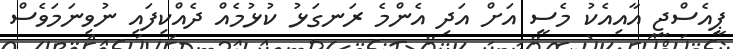
ޕީއެސްޖީ އާއިއެކު މެސީ އަށް އަދި އެންމެ ރަނގަޅު ކުޅުމެއް ދެއްކިފައި ނުވިނަމަވެސް